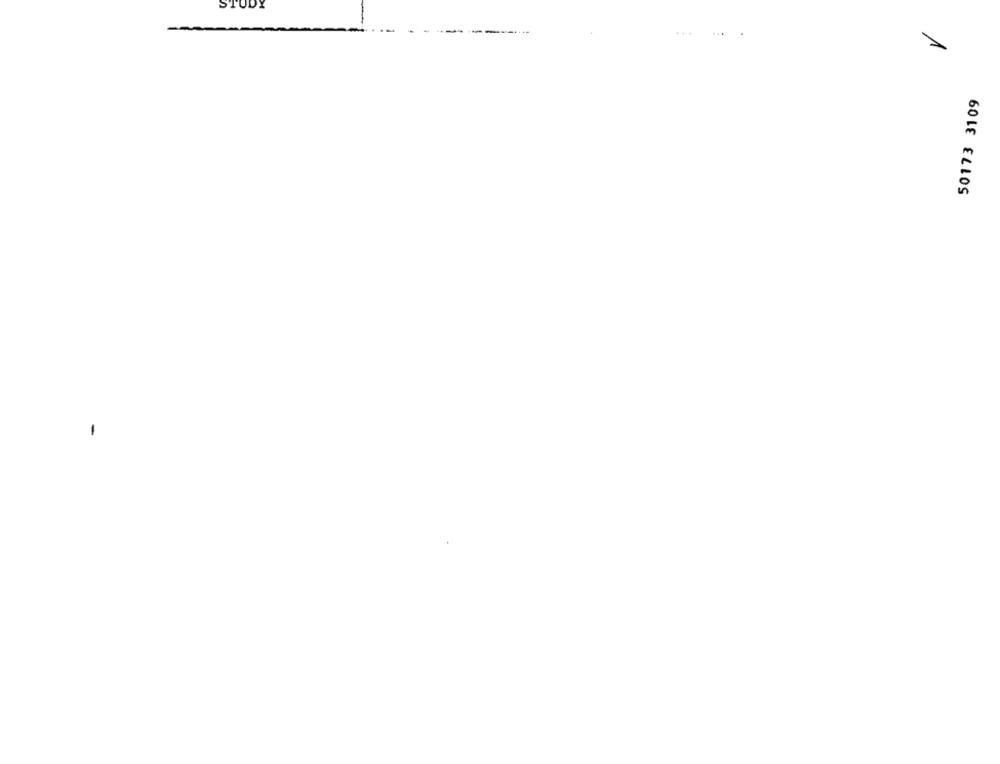
STUDY
-
...
50173 3109
-